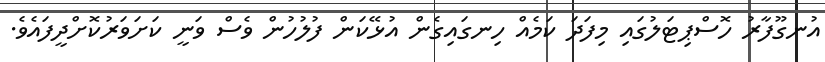
އުނގޫފާރު ހޮސްޕިޓަލުގައި މިފަދަ ކަމެއް ހިނގައިގެން އުޅޭކަން ފުލުހުން ވެސް ވަނީ ކަށަވަރުކޮށްދީފައެވެ.